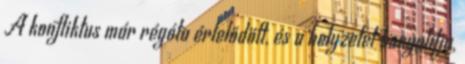
A konfliktus már régóta érlelődött, és a helyzetet bonyolítja,